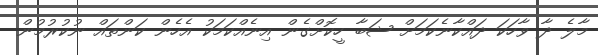
މާލެ ދާ ވާހަކަ ދައްކާނެކަމަށް ޝަބާ ހީކޮށްގެން އިނެއްކަމަކު އެހެން ކަންތައް ނުކުރުމުން